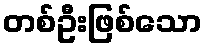
တစ်ဦးဖြစ်သော